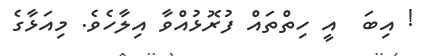
! އިބަ  އީ ހިތްތައް ފުރޮޅުއްވާ އިލާހެވެ. މިއަޅާގެ